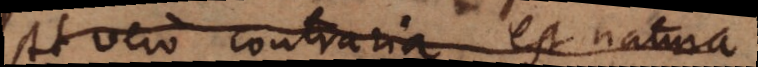
At vero contraria est natura